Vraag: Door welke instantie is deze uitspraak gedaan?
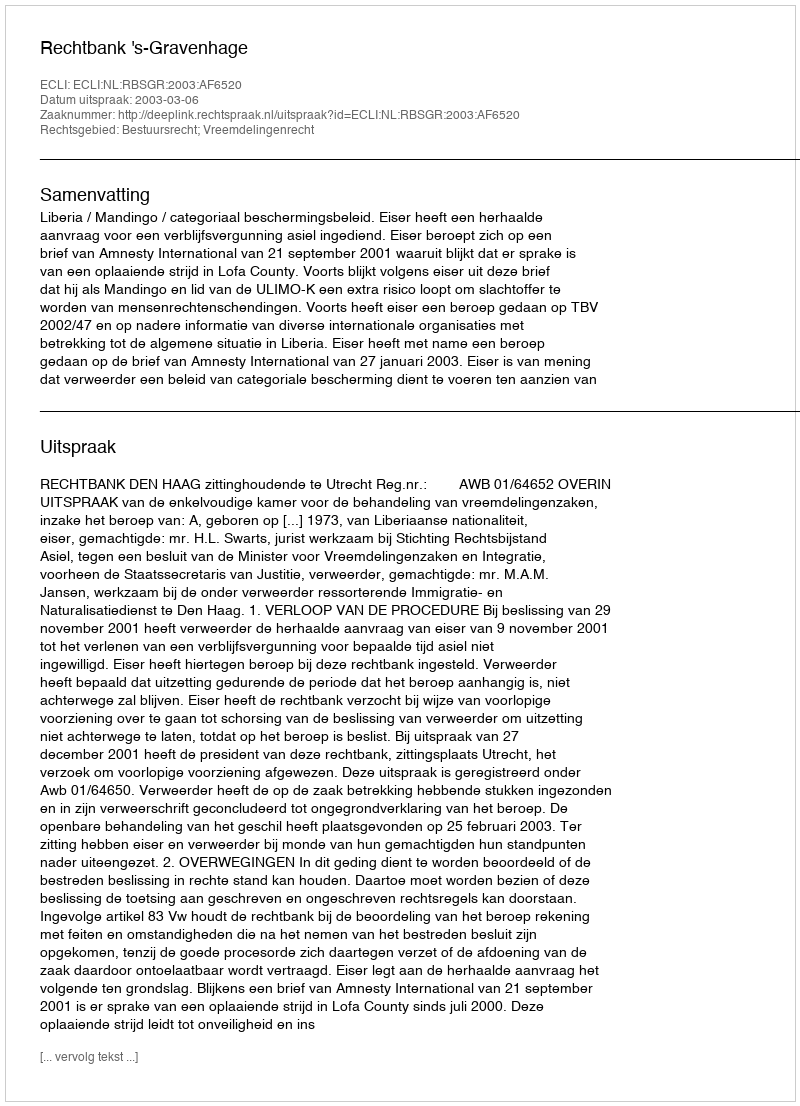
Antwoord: Rechtbank 's-Gravenhage